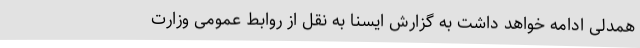
همدلی ادامه خواهد داشت به گزارش ایسنا به نقل از روابط عمومی وزارت